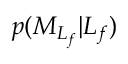
p ( { M } _ { L _ { f } } \vert L _ { f } )